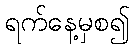
ရက်နေ့မှစ၍